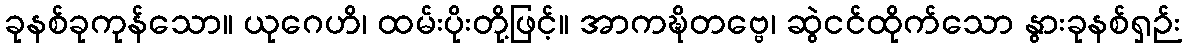
ခုနစ်ခုကုန်သော။ ယုဂေဟိ၊ ထမ်းပိုးတို့ဖြင့်။ အာကဍ္ဎိတဗ္ဗေ၊ ဆွဲငင်ထိုက်သော နွားခုနစ်ရှဉ်း